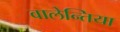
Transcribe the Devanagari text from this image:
वालेन्तिया